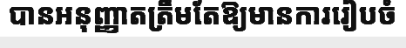
បានអនុញ្ញាតត្រឹមតែឱ្យមានការរៀបចំ